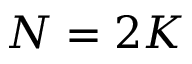
N = 2 K